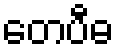
တေပီဓ